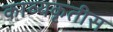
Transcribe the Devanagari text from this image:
काव्यकृतीस